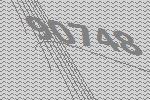
90748